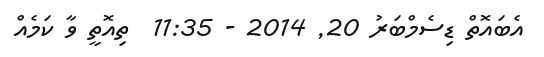
އެބައޮތް ޑިސެމްބަރު 20